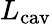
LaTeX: L_{\mathrm{cav}}